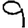
Digit: 9